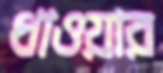
ধাওয়ার